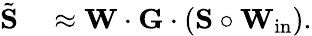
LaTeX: \begin{array}{rl}{\tilde{\mathbf S}}&{{}\approx{\mathbf W}\cdot{\mathbf G}\cdot\left({\mathbf S}\circ{\mathbf W}_{\mathrm{in}}\right).}\end{array}